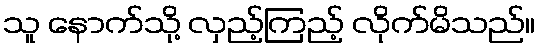
သူ နောက်သို့ လှည့်ကြည့် လိုက်မိသည်။